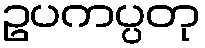
ဥပကပ္ပတု